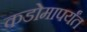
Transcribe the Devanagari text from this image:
कडोमापर्यंत